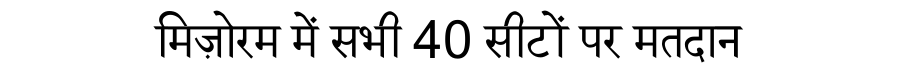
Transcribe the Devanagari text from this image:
मिज़ोरम में सभी 40 सीटों पर मतदान